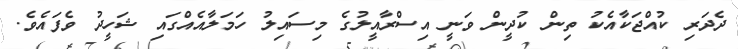
ދެދަރި ކުއްޖަކާއެކު ތިން ކުދީން ވަނީ އިސްރާއީލުގެ މިސައިލު ހަމަލާއެއްގައި ޝަހީދު ވެފައެވެ.